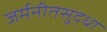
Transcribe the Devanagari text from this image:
जर्मनीतसुद्धा